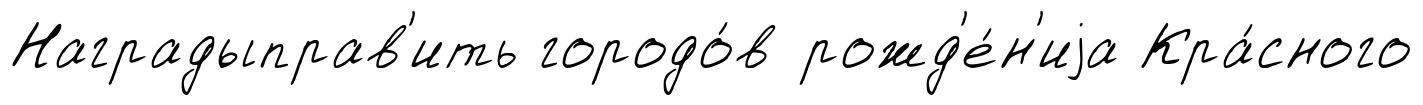
Наградыправ'ить городо́в рожд'е́н'иjа Кра́сного